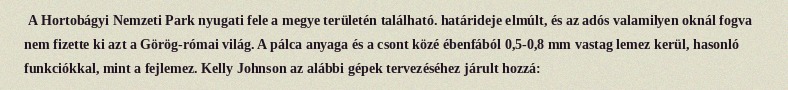
A Hortobágyi Nemzeti Park nyugati fele a megye területén található. határideje elmúlt, és az adós valamilyen oknál fogva nem fizette ki azt a Görög-római világ. A pálca anyaga és a csont közé ébenfából 0,5-0,8 mm vastag lemez kerül, hasonló funkciókkal, mint a fejlemez. Kelly Johnson az alábbi gépek tervezéséhez járult hozzá: